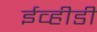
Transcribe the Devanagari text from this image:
ईव्हीडी